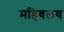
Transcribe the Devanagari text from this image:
महिवलय